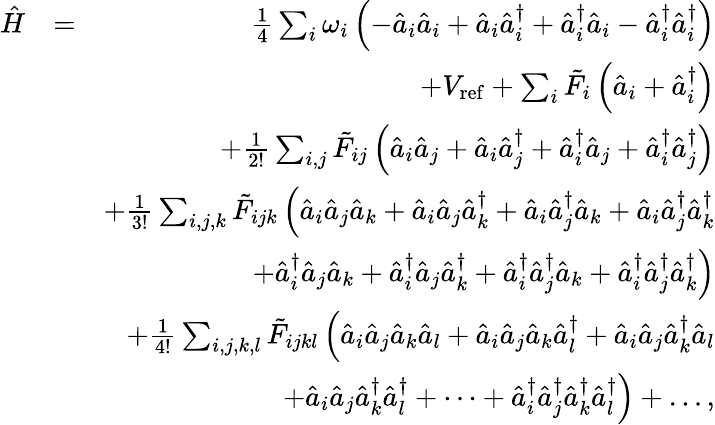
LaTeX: \begin{array}{rlr}{\hat{H}}&{=}&{\frac{1}{4}\sum_{i}\omega_{i}\left(-\hat{a}_{i}\hat{a}_{i}+\hat{a}_{i}\hat{a}_{i}^{\dagger}+\hat{a}_{i}^{\dagger}\hat{a}_{i}-\hat{a}_{i}^{\dagger}\hat{a}_{i}^{\dagger}\right)}\\ &{}&{+V_{\mathrm{ref}}+\sum_{i}\tilde{F}_{i}\left(\hat{a}_{i}+\hat{a}_{i}^{\dagger}\right)}\\ &{}&{+\frac{1}{2!}\sum_{i,j}\tilde{F}_{ij}\left(\hat{a}_{i}\hat{a}_{j}+\hat{a}_{i}\hat{a}_{j}^{\dagger}+\hat{a}_{i}^{\dagger}\hat{a}_{j}+\hat{a}_{i}^{\dagger}\hat{a}_{j}^{\dagger}\right)}\\ &{}&{+\frac{1}{3!}\sum_{i,j,k}\tilde{F}_{ijk}\left(\hat{a}_{i}\hat{a}_{j}\hat{a}_{k}+\hat{a}_{i}\hat{a}_{j}\hat{a}_{k}^{\dagger}+\hat{a}_{i}\hat{a}_{j}^{\dagger}\hat{a}_{k}+\hat{a}_{i}\hat{a}_{j}^{\dagger}\hat{a}_{k}^{\dagger}\right.}\\ &{}&{\left.+\hat{a}_{i}^{\dagger}\hat{a}_{j}\hat{a}_{k}+\hat{a}_{i}^{\dagger}\hat{a}_{j}\hat{a}_{k}^{\dagger}+\hat{a}_{i}^{\dagger}\hat{a}_{j}^{\dagger}\hat{a}_{k}+\hat{a}_{i}^{\dagger}\hat{a}_{j}^{\dagger}\hat{a}_{k}^{\dagger}\right)}\\ &{}&{+\frac{1}{4!}\sum_{i,j,k,l}\tilde{F}_{ijkl}\left(\hat{a}_{i}\hat{a}_{j}\hat{a}_{k}\hat{a}_{l}+\hat{a}_{i}\hat{a}_{j}\hat{a}_{k}\hat{a}_{l}^{\dagger}+\hat{a}_{i}\hat{a}_{j}\hat{a}_{k}^{\dagger}\hat{a}_{l}\right.}\\ &{}&{\left.+\hat{a}_{i}\hat{a}_{j}\hat{a}_{k}^{\dagger}\hat{a}_{l}^{\dagger}+\cdots+\hat{a}_{i}^{\dagger}\hat{a}_{j}^{\dagger}\hat{a}_{k}^{\dagger}\hat{a}_{l}^{\dagger}\right)+\dots,}\end{array}